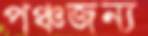
পঞ্চজন্য